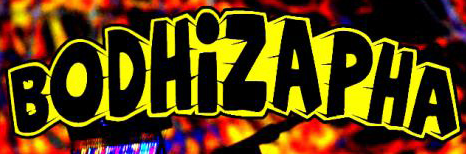
BODHiZAPHA